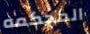
المحكمه